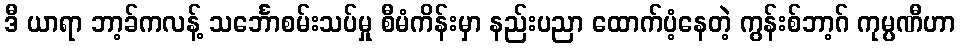
ဒီ ယာရာ ဘာ့ခ်ကလန့် သင်္ဘောစမ်းသပ်မှု စီမံကိန်းမှာ နည်းပညာ ထောက်ပံ့နေတဲ့ ကွန်းစ်ဘာ့ဂ် ကုမ္ပဏီဟာ